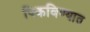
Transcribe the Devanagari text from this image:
पिकविण्यात